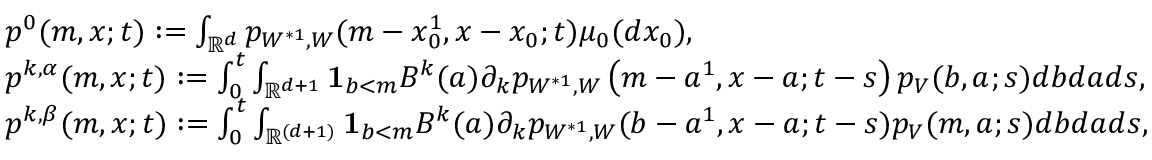
\begin{array} { r l } & { p ^ { 0 } ( m , x ; t ) : = { \int _ { { \mathbb R } ^ { d } } p _ { W ^ { * 1 } , W } ( m - x _ { 0 } ^ { 1 } , x - x _ { 0 } ; t ) \mu _ { 0 } ( d x _ { 0 } ) } , } \\ & { { p ^ { k , \alpha } } ( m , x ; t ) : = \int _ { 0 } ^ { t } { \int _ { \mathbb { R } ^ { d + 1 } } { \mathbf 1 } _ { b < m } B ^ { k } ( a ) \partial _ { k } p _ { W ^ { * 1 } , W } \left( m - a ^ { 1 } , x - a ; t - s \right) p _ { V } ( b , a ; s ) d b d a } d s , } \\ & { { p ^ { k , \beta } } ( m , x ; t ) : = \int _ { 0 } ^ { t } \int _ { { \mathbb R } ^ { ( d + 1 ) } } { \mathbf 1 } _ { b < m } B ^ { k } ( a ) \partial _ { k } p _ { W ^ { * 1 } , W } ( b - a ^ { 1 } , x - a ; t - s ) p _ { V } ( m , a ; s ) d b d a d s , } \end{array}